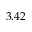
3 . 4 2